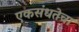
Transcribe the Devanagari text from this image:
एकसंधतेचा